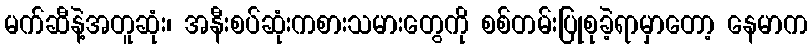
မက်ဆီနဲ့အတူဆုံး၊ အနီးစပ်ဆုံးကစားသမားတွေကို စစ်တမ်းပြုစုခဲ့ရာမှာတော့ နေမာက